Papers set at the Examination for Leaving Certificates, 1895
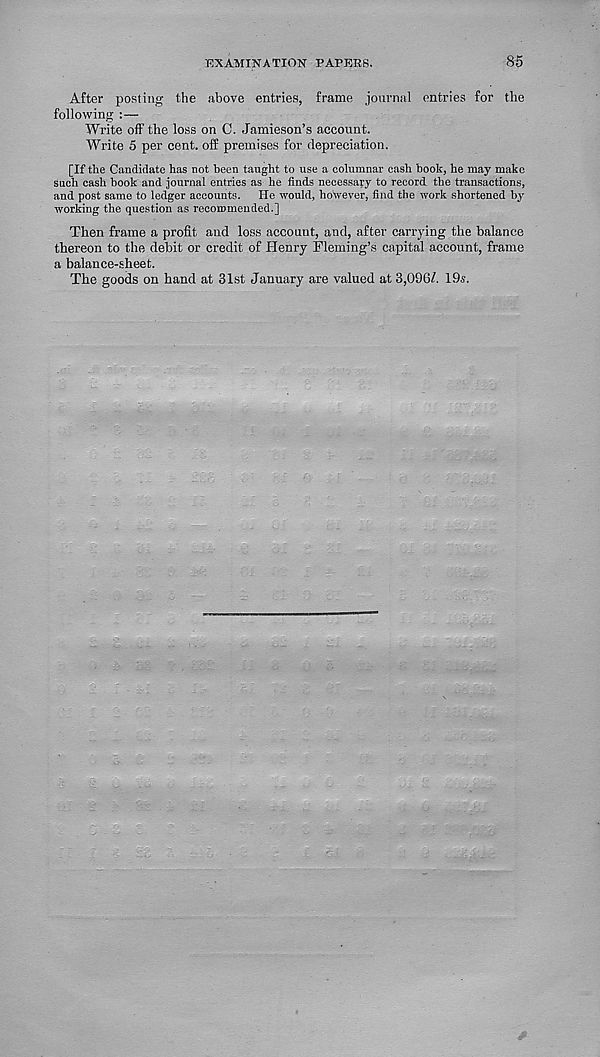
EXAMINATION PAPERS.
85
After posting the above entries, frame journal entries for the
following :—
Write off the loss on C. Jamieson’s account.
Write 5 per cent, off premises for depreciation.
[If the Candidate has not been taught to use a columnar cash book, he may make
such cash book and journal entries as he finds necessary to record the transactions,
and post same to ledger accounts. He would, however, find the work shortened by
working the question as recommended.]
Then frame a profit and loss account, and, after carrying the balance
thereon to the debit or credit of Henry Fleming’s capital account, frame
a balance-sheet.
The goods on hand at 31st January are valued at 3,096/. 19s.